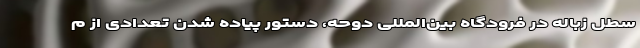
سطل زباله در فرودگاه بین‌المللی دوحه، دستور پیاده شدن تعدادی از م